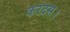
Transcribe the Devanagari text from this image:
करंदस।